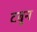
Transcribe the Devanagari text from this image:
टबून